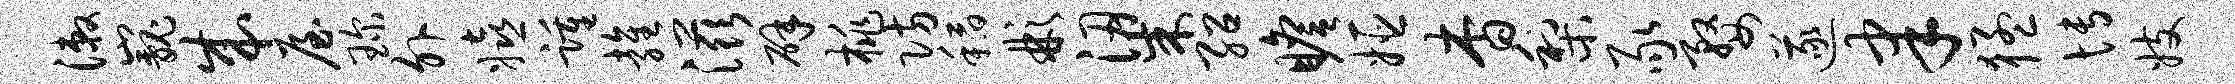
漱巍成屋琛外嬉踵雍滋辟桃防稻彬梁绍瞻姬杳梨豕婺遂聿猛博妓